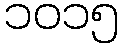
၁၀၁၅